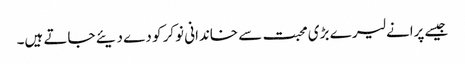
جیسے پرانے لیر ے بڑی محبت سے خاندانی نوکر کو دے دیئے جاتے ہیں۔